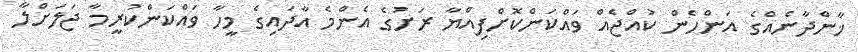
ޚާންދާނެއްގެ އަންހެން ކުއްޖެއް ވައްކަންކޮށްފިއްޔާ ރަށުގެ އެންމެ އާދައިގެ މީހާ ވައްކަންކުރީމާ ޖަލަށްލާ